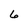
Character: 6